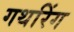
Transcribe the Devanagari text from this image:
गथरिंग